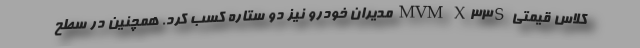
کلاس قیمتی MVM X33S مدیران خودرو نیز دو ستاره کسب کرد. همچنین در سطح